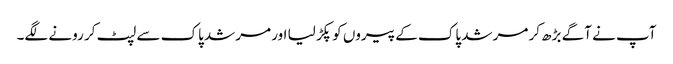
آپ نے آگے بڑھ کر مرشد پاک کے پیروں کو پکڑ لیا اور مرشد پاک سے لپٹ کر رونے لگے۔